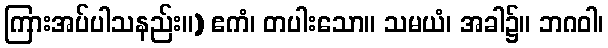
ကြားအပ်ပါသနည်း။) ဧကံ၊ တပါးသော။ သမယံ၊ အခါ၌။ ဘဂဝါ၊